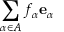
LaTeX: \sum _ { \alpha \in A } f _ { \alpha } \mathbf { e } _ { \alpha }